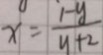
x = \frac { 1 - y } { y + 2 }